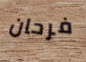
فرحان